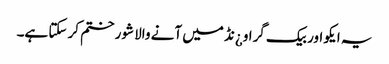
یہ ایکو اور بیک گراو¿نڈ میں آنے والا شور ختم کر سکتا ہے۔